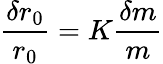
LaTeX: \frac{\delta r_{0}}{r_{0}}=K\frac{\delta m}{m}